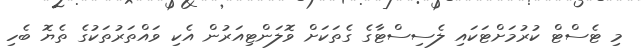
މި ޓެސްޓް ކުރުމަށްޓަކައި ލެސިސްޓާގެ ގެތަކަށް ވޮލަންޓިއަރުން އެކި ވައްތަރުތަކުގެ ތެޔޮ ބެހި